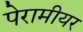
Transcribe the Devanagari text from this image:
पेरामीयर